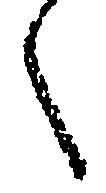
之